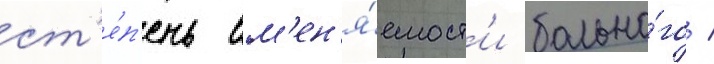
ст'е́п'ень вм'ен'я́емост'и больно́го /